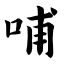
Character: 哺